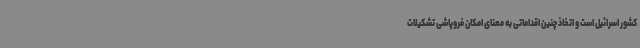
کشور اسرائیل است و اتخاذ چنین اقداماتی به معنای امکان فروپاشی تشکیلات